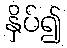
နှိပ်၍